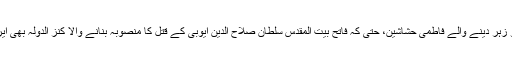
نورالدین زنگی کو زہر دینے والے فاطمی حشاشین، حتیٰ کہ فاتح بیت المقدس سلطان صلاح الدین ایوبی کے قتل کا منصوبہ بنانے والا کنز الدولہ بھی ایرانی النسل ہی تھا۔